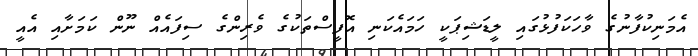
އެމަނިކުފާނުގެ ވާހަކަފުޅުގައި ލީޑަޝިޕަކީ ހަމައެކަނި އޮފީސްތަކުގެ ވެރިންގެ ސިފައެއް ނޫން ކަމަށާއި އެއީ